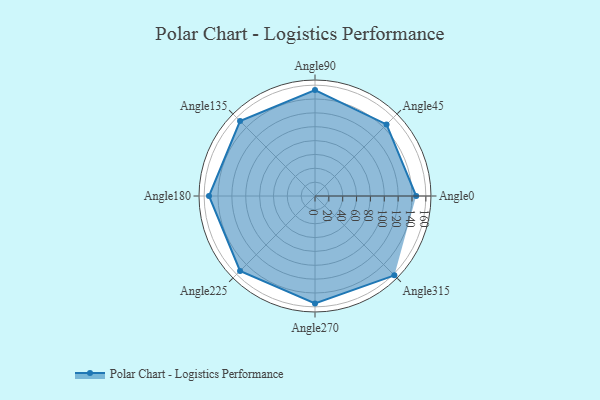
{"axis": {"x": "Angle", "y": "Radius"}, "legend": [""], "data": [{"x": "Angle0", "y": 146.0, "type": ""}, {"x": "Angle45", "y": 146.0, "type": ""}, {"x": "Angle90", "y": 153.0, "type": ""}, {"x": "Angle135", "y": 153.0, "type": ""}, {"x": "Angle180", "y": 153.0, "type": ""}, {"x": "Angle225", "y": 153.0, "type": ""}, {"x": "Angle270", "y": 155.0, "type": ""}, {"x": "Angle315", "y": 162.0, "type": ""}]}